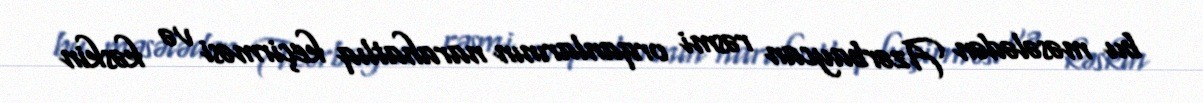
bu məsələdən Azərbaycan rəsmi orqanlarının narahatlıq keçirməsi və kəskin